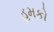
હમકો